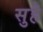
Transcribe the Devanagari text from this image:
सुहे